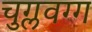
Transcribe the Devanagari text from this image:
चुग्लवग्ग